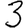
Digit: 3